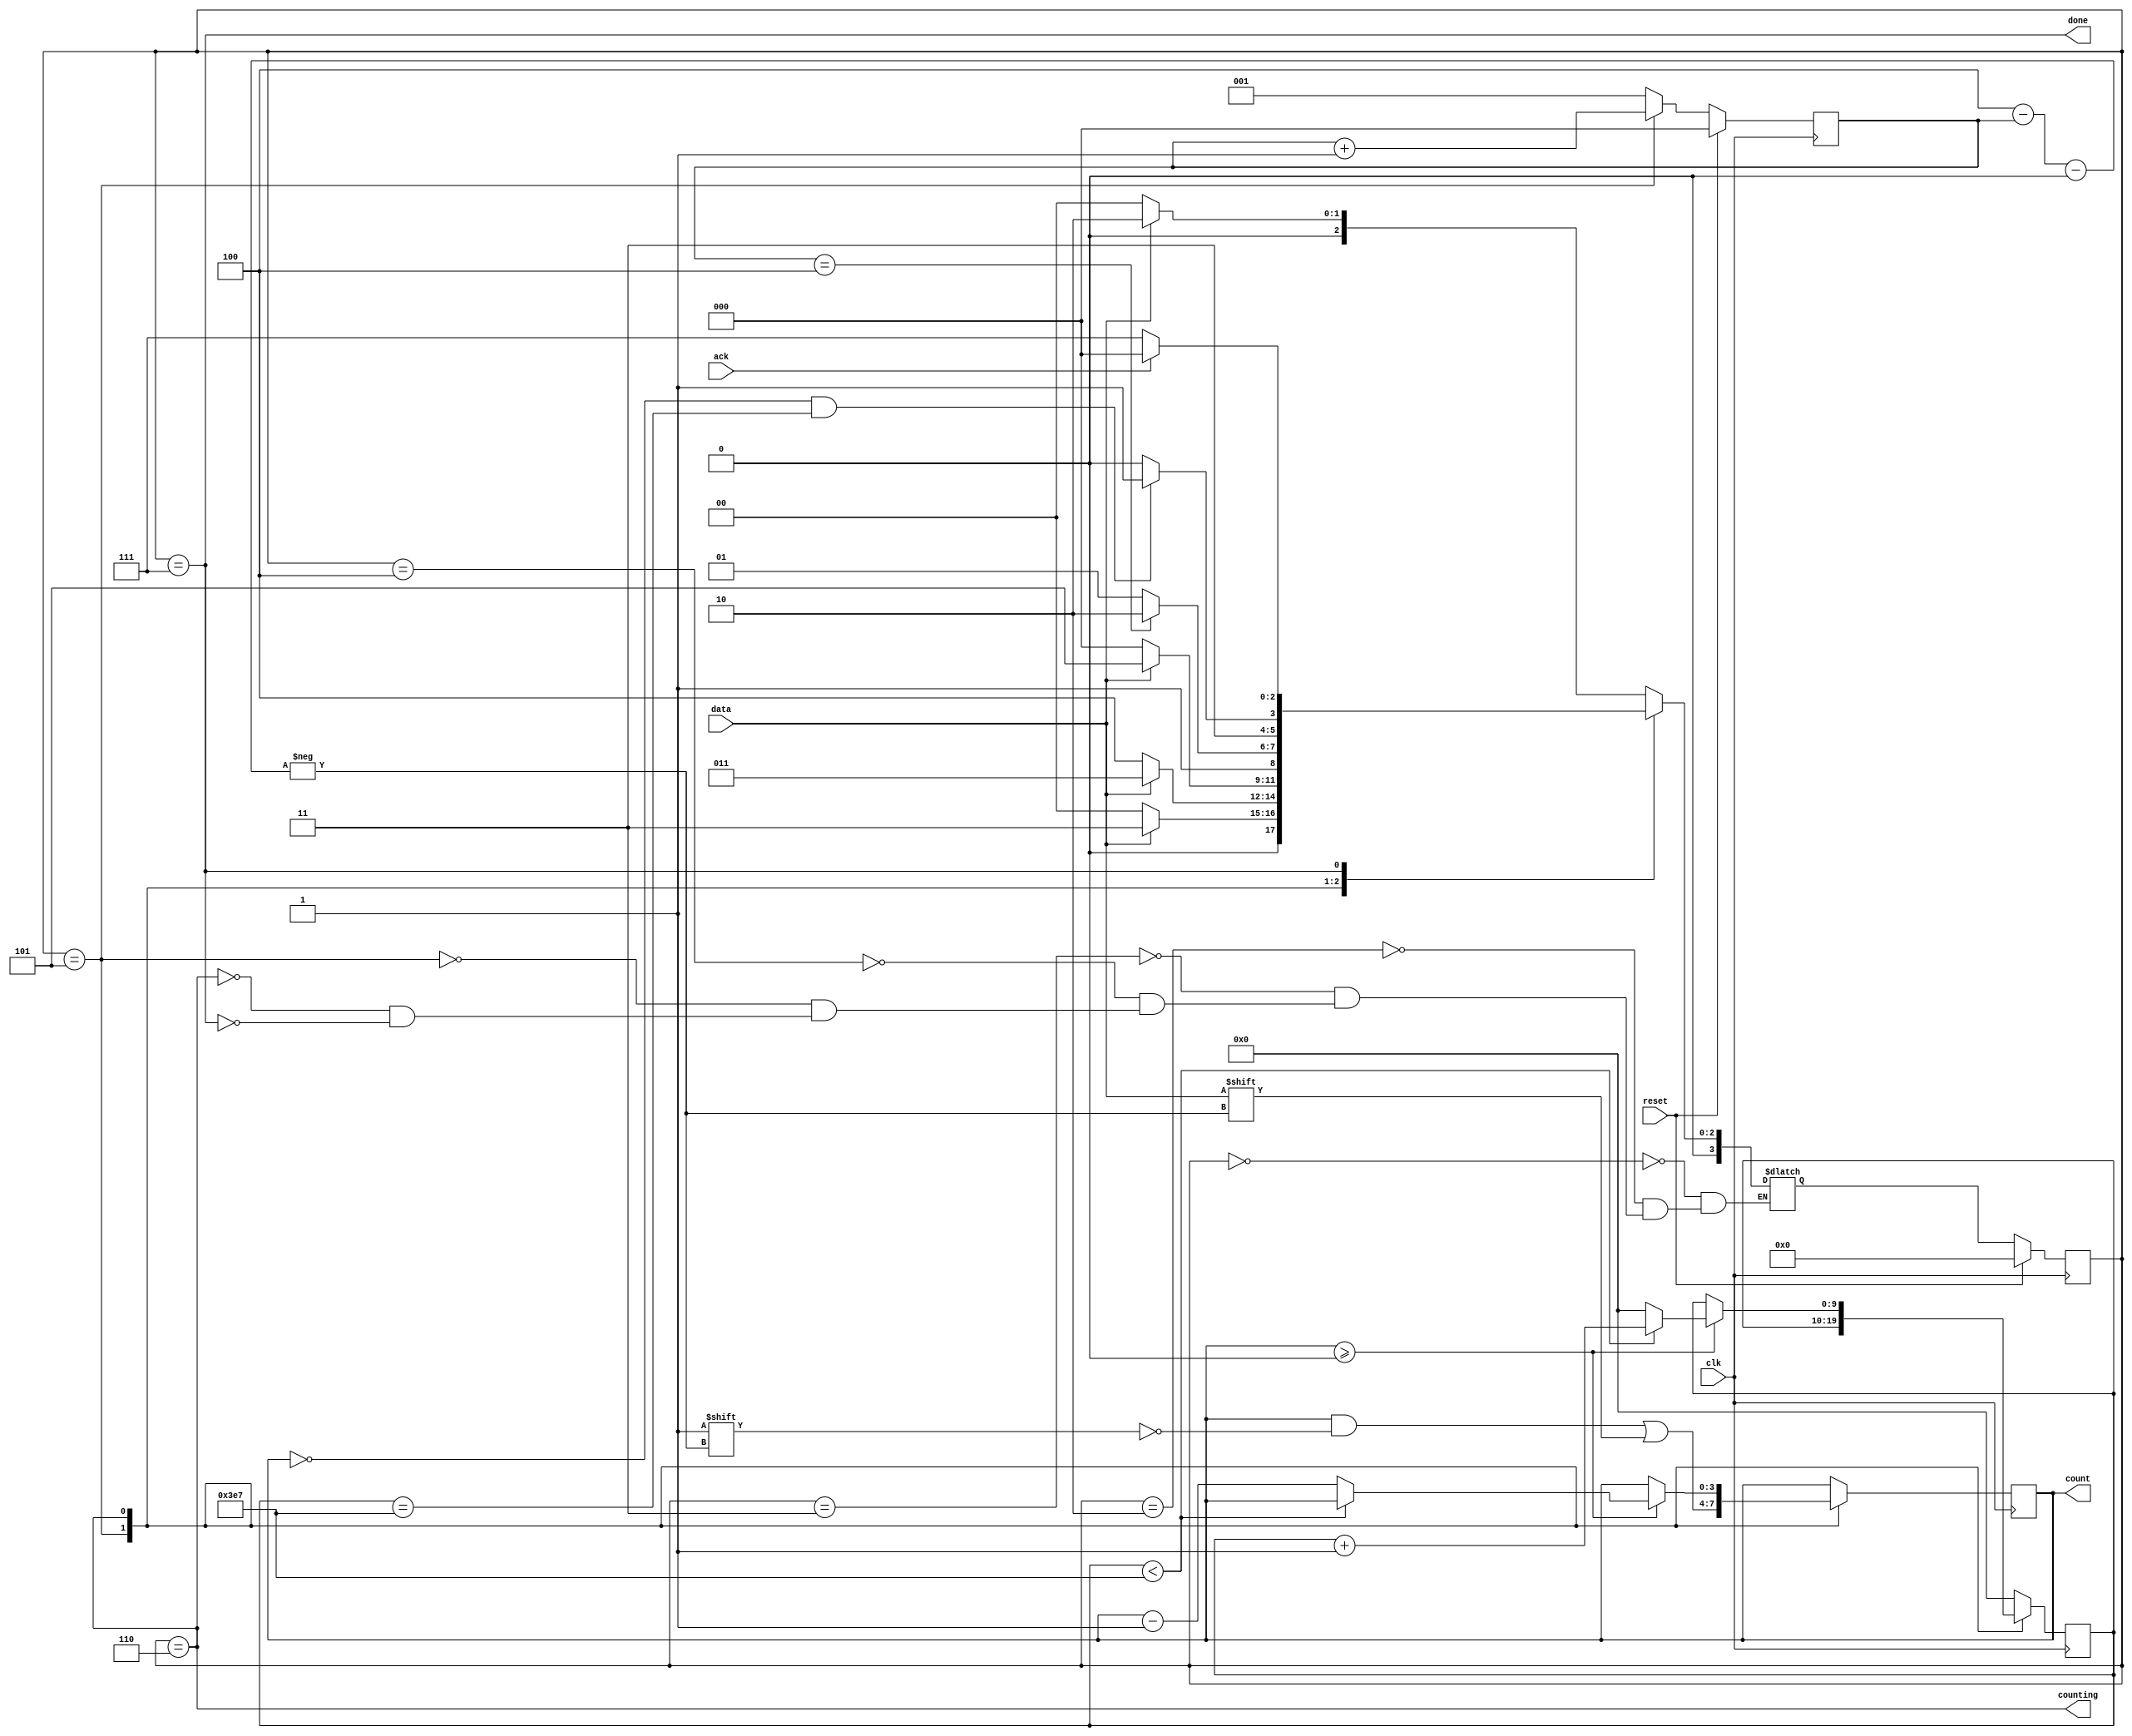
module top_module (
    input clk,
    input reset,      // Synchronous reset
    input data,
    output reg [3:0] count,
    output counting,
    output done,
    input ack );
    
        parameter [2:0] IDLE = 3'd0, S0	= 3'd1, S1 = 3'd2, S2 = 3'd3, S3 = 3'd4, SHIFT = 3'd5, COUNT = 3'd6, DONE = 3'd7; 
    reg [3:0] state, next_state;
    reg [2:0] shitf_count;
    reg [9:0] count_1k;
    
    always @(posedge clk) begin
        if (reset) begin
            state <= IDLE;
            shitf_count <= 3'd0;
        end
		else begin
            if(state == SHIFT)
                shitf_count <= shitf_count + 3'd1;
            else
                shitf_count <= 3'd1;
                
            state <= next_state;
        end
	end
    
    always @(posedge clk) begin
		case (state) 
            SHIFT : count[3'd4 - shitf_count] <= data;
			COUNT : begin
				if (count >= 0) begin
                    if (count_1k < 10'd999) 
						count_1k <= count_1k + 10'd1;
					else begin
						count <= count - 4'b1;
						count_1k <= 10'd0;
					end
				end
			end
			default : count_1k <= 10'd0;
		endcase
	end

	always @(*) begin
		case (state) 
            IDLE : next_state <= data ? S1 : IDLE;
            S1 : next_state <= data ? S2 : IDLE;
            S2 : next_state <= data ? S2 : S3;
			S3  : next_state <= data ? SHIFT : IDLE;
            SHIFT : next_state <= shitf_count == 3'd4 ? COUNT : SHIFT;
            COUNT : next_state <= (count == 0 && count_1k == 10'd999) ? DONE : COUNT;
			DONE  : next_state <= ack ? IDLE : DONE;			
		endcase
	end

	assign counting = state == COUNT;
	assign done = state == DONE;

endmodule